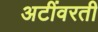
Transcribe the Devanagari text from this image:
अटींवरती